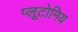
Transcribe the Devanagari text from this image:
प्लूटोनिय